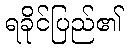
ရခိုင်ပြည်၏